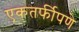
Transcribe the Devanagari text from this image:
एकतर्फीपणे